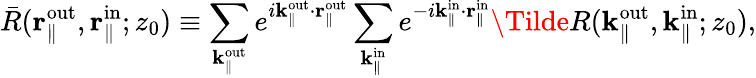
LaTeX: \bar{R}(\textbf{r}_{\parallel}^{\mathrm{out}},\textbf{r}_{\parallel}^{\mathrm{in}};z_{0})\equiv\sum_{\mathbf{k}_{\parallel}^{\mathrm{out}}}e^{i\mathbf{k}_{\parallel}^{\mathrm{out}}\cdot\mathbf{r}_{\parallel}^{\mathrm{out}}}\sum_{\mathbf{k}_{\parallel}^{\mathrm{in}}}e^{-i\mathbf{k}_{\parallel}^{\mathrm{in}}\cdot\mathbf{r}_{\parallel}^{\mathrm{in}}}\Tilde{R}(\mathbf{k}_{\parallel}^{\mathrm{out}},\mathbf{k}_{\parallel}^{\mathrm{in}};{z_{0}}),